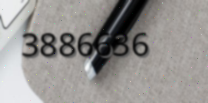
3886636